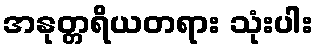
အနုတ္တရိယတရား သုံးပါး